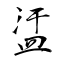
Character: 盓